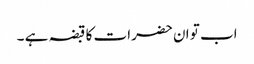
اب تو ان حضرات کا قبضہ ہے ۔